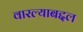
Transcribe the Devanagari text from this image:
वारल्याबद्दल